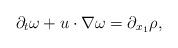
LaTeX: \begin{align*}\partial_t \omega+ u\cdot\nabla\omega=\partial_{x_1} \rho,\end{align*}